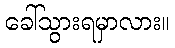
ခေါ်သွားရမှာလား။